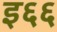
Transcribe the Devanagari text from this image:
इ६६